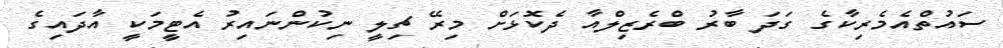
ސައުތްއެމެރިކާގެ ގަދަ ބާރު ބްރެޒިލްއާ ދެކޮޅަށް މިރޭ ޗިލީ ނިކުންނައިރު އެޓީމަކީ އާދައިގެ